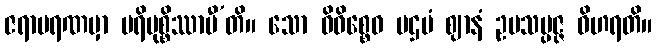
ဇရာမရဏမှာ ပရိမုစ္စိဿာမီ’တိ။ သော ဝိဝိစ္စေဝ ပဌမံ ဈာနံ ဥပသမ္ပဇ္ဇ ဝိဟရတိ။